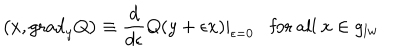
LaTeX: \left( x , \mathrm { g r a d } _ { y } Q \right) \equiv \frac { d } { d \epsilon } Q ( y + \epsilon x ) | _ { \epsilon = 0 } \mathrm { f o r ~ a l l ~ } x \in g _ { l w }